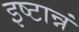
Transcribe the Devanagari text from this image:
इष्टान्नं